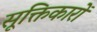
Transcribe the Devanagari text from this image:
सूक्तिकारों